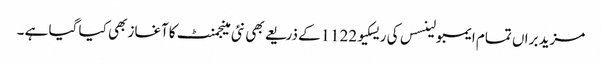
مزید براں تمام ایمبولینسس کی ریسکیو1122کے ذریعے بھی نئی مینجمنٹ کاآغاز بھی کیا گیا ہے ۔